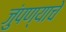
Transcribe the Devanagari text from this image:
जुंपण्याचे